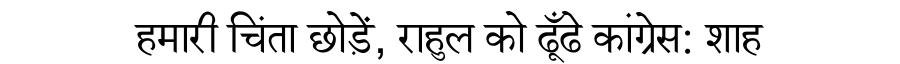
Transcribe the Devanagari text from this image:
हमारी चिंता छोड़ें, राहुल को ढूँढे कांग्रेस: शाह